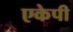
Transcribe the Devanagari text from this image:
एकेपी